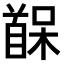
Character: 𫗷